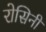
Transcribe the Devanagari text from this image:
रोसिनी